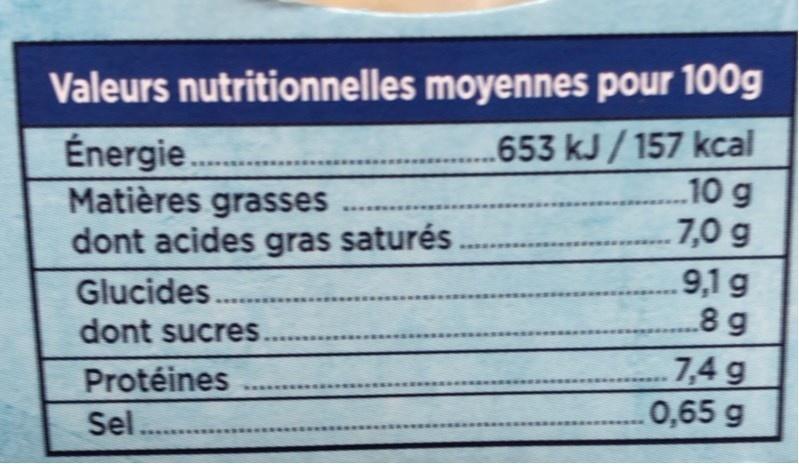
Valeurs nutritionnelles moyennes pour 100g
Énergie. Matières grasses dont acides gras saturés
653 kJ / 157 kcal 10 g
7,0 g
Glucides. dont sucres
9,1 g 8g
...
7,4 g 0,65 g
Protéines
Sel.